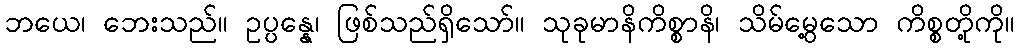
ဘယေ၊ ဘေးသည်။ ဥပ္ပန္နေ၊ ဖြစ်သည်ရှိသော်။ သုခုမာနိကိစ္စာနိ၊ သိမ်မွေ့သော ကိစ္စတို့ကို။